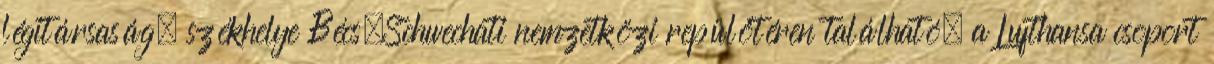
légitársaság, székhelye Bécs–Schwechati nemzetközi repülőtéren található, a Lufthansa csoport